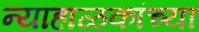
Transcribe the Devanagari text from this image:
न्याहाळकांच्या